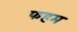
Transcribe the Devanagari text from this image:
फहम